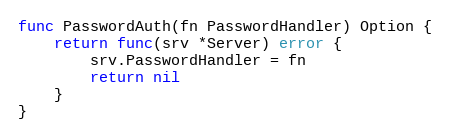
Language: Go
func PasswordAuth(fn PasswordHandler) Option {
	return func(srv *Server) error {
		srv.PasswordHandler = fn
		return nil
	}
}